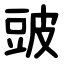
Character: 䜵